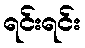
ရင်းရင်း